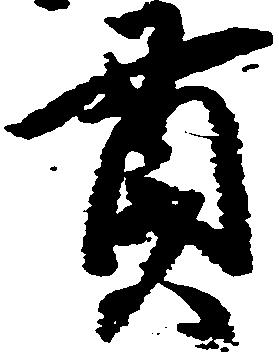
貫